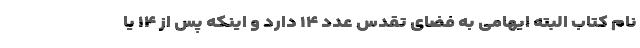
نام کتاب البته ایهامی به فضای تقدس عدد ۱۴ دارد و اینکه پس از ۱۴ یا